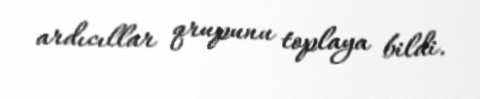
ardıcıllar qrupunu toplaya bildi.